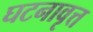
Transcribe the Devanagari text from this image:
घटनावृत्त